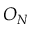
O _ { N }